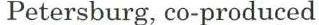
Petersburg, co-produced